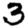
Digit: 3